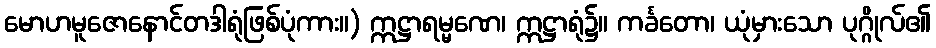
မောဟမူဇောနောင်တဒါရုံဖြစ်ပုံကား။) ဣဋ္ဌာရမ္မဏေ၊ ဣဋ္ဌာရုံ၌။ ကင်္ခတော၊ ယုံမှားသော ပုဂ္ဂိုလ်၏